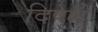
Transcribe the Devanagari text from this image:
दिपले